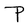
Character: P